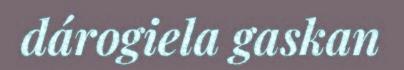
dárogiela gaskan